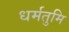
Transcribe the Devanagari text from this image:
धर्मतुमि